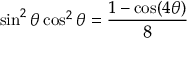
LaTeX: \sin ^ { 2 } \theta \cos ^ { 2 } \theta = { \frac { 1 - \cos ( 4 \theta ) } { 8 } }